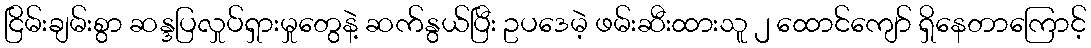
ငြိမ်းချမ်းစွာ ဆန္ဒပြလှုပ်ရှားမှုတွေနဲ့ ဆက်နွယ်ပြီး ဥပဒေမဲ့ ဖမ်းဆီးထားသူ ၂ ထောင်ကျော် ရှိနေတာကြောင့်